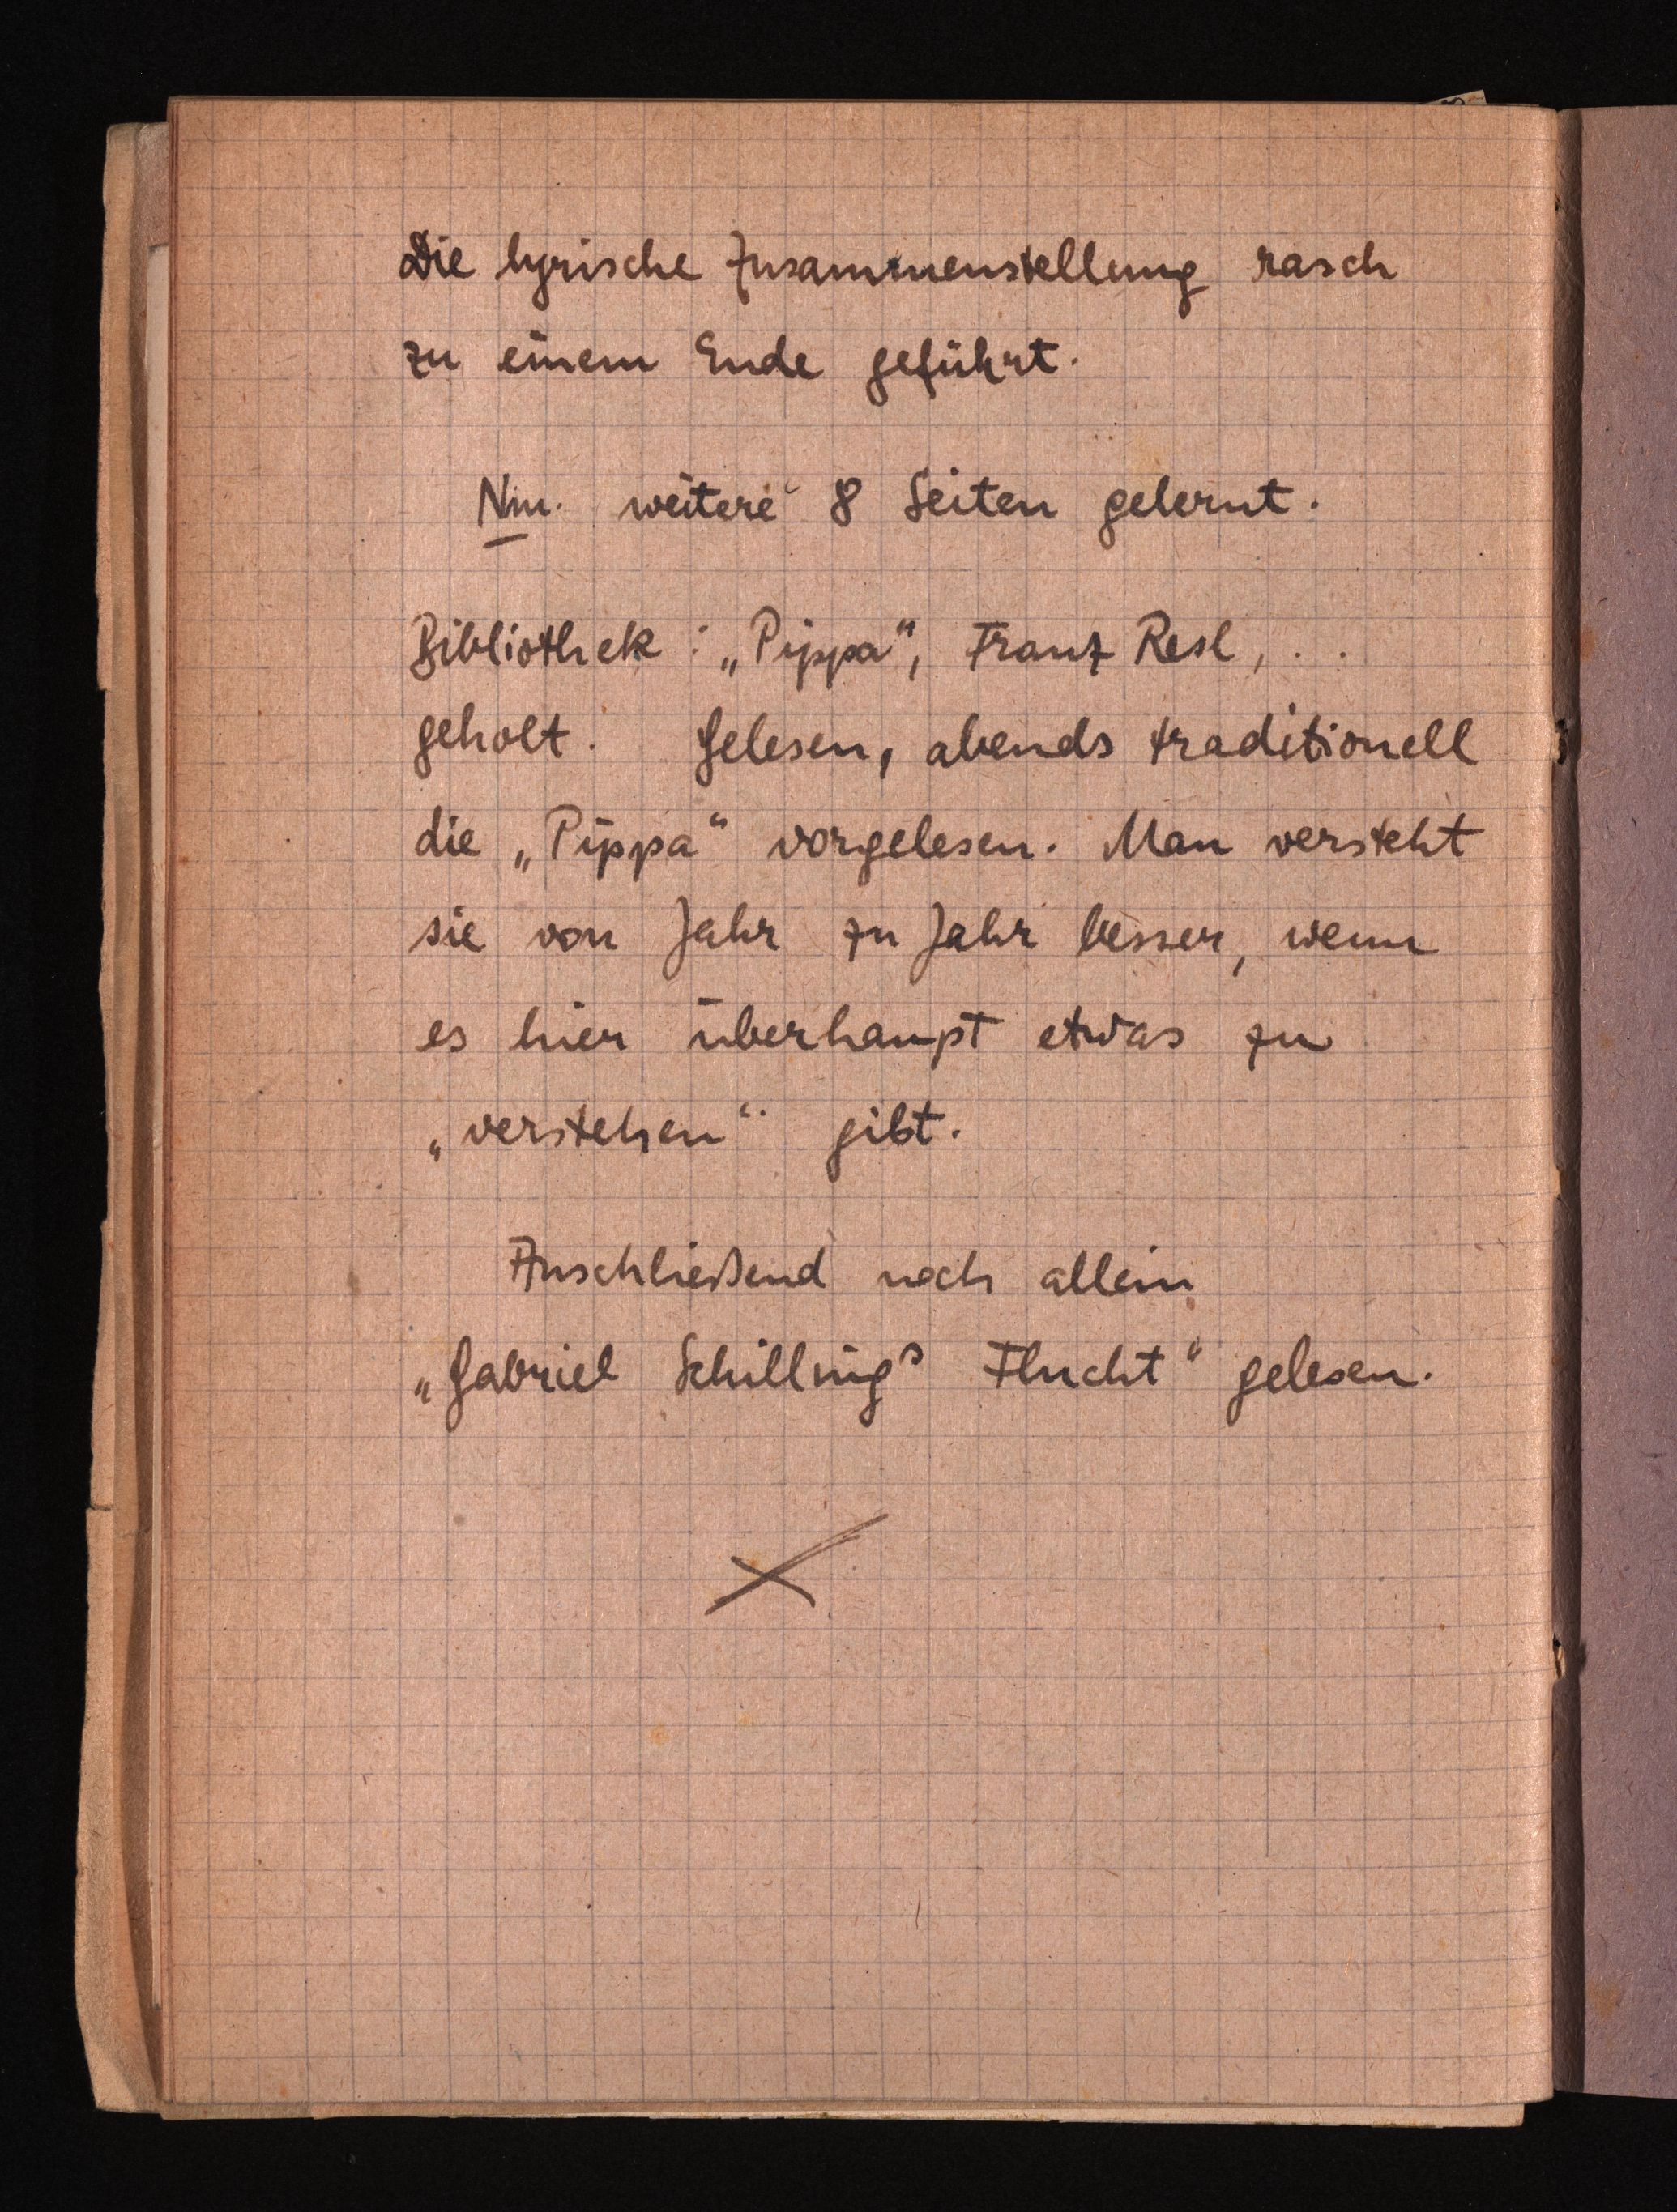
Die lyrische Zusammenstellung rasch
zu einem Ende geführt.
Ni. weitere" 8 Seiten gelernt.
Biblistlick: "Pippa" Franz Resl...
geholt. Gelesen, abends Fraditionell
die "Pippa vorgelesen. Man versteht
sie von Jahr zu Jahr besser, wenn
es hier überhaupt etwas zu
"verstehen gibt.
Anschließend noch allei
"Gabriel Schilling" Flucht" gelesen.